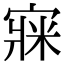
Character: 㝥